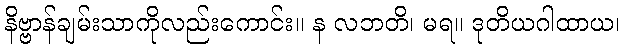
နိဗ္ဗာန်ချမ်းသာကိုလည်းကောင်း။ န လဘတိ၊ မရ။ ဒုတိယဂါထာယ၊